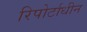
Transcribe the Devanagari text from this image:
रिपोर्टाधीन